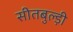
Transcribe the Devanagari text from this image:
सीतबुल्ड़ी